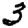
Digit: 3